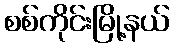
စစ်ကိုင်းမြို့နယ်